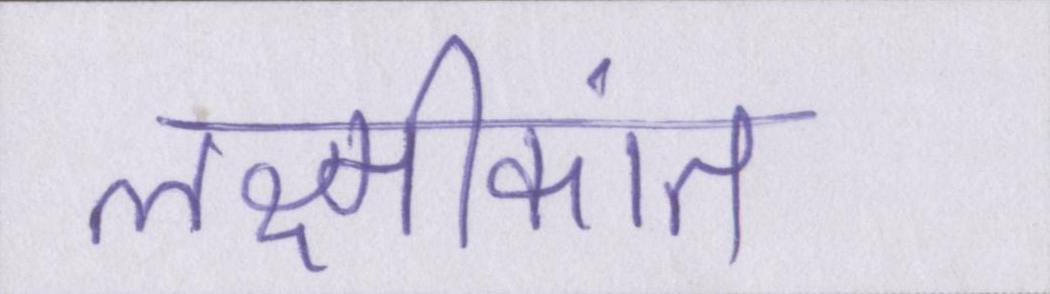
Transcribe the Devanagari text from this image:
लक्ष्मीकांत